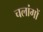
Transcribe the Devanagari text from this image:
चलांगों